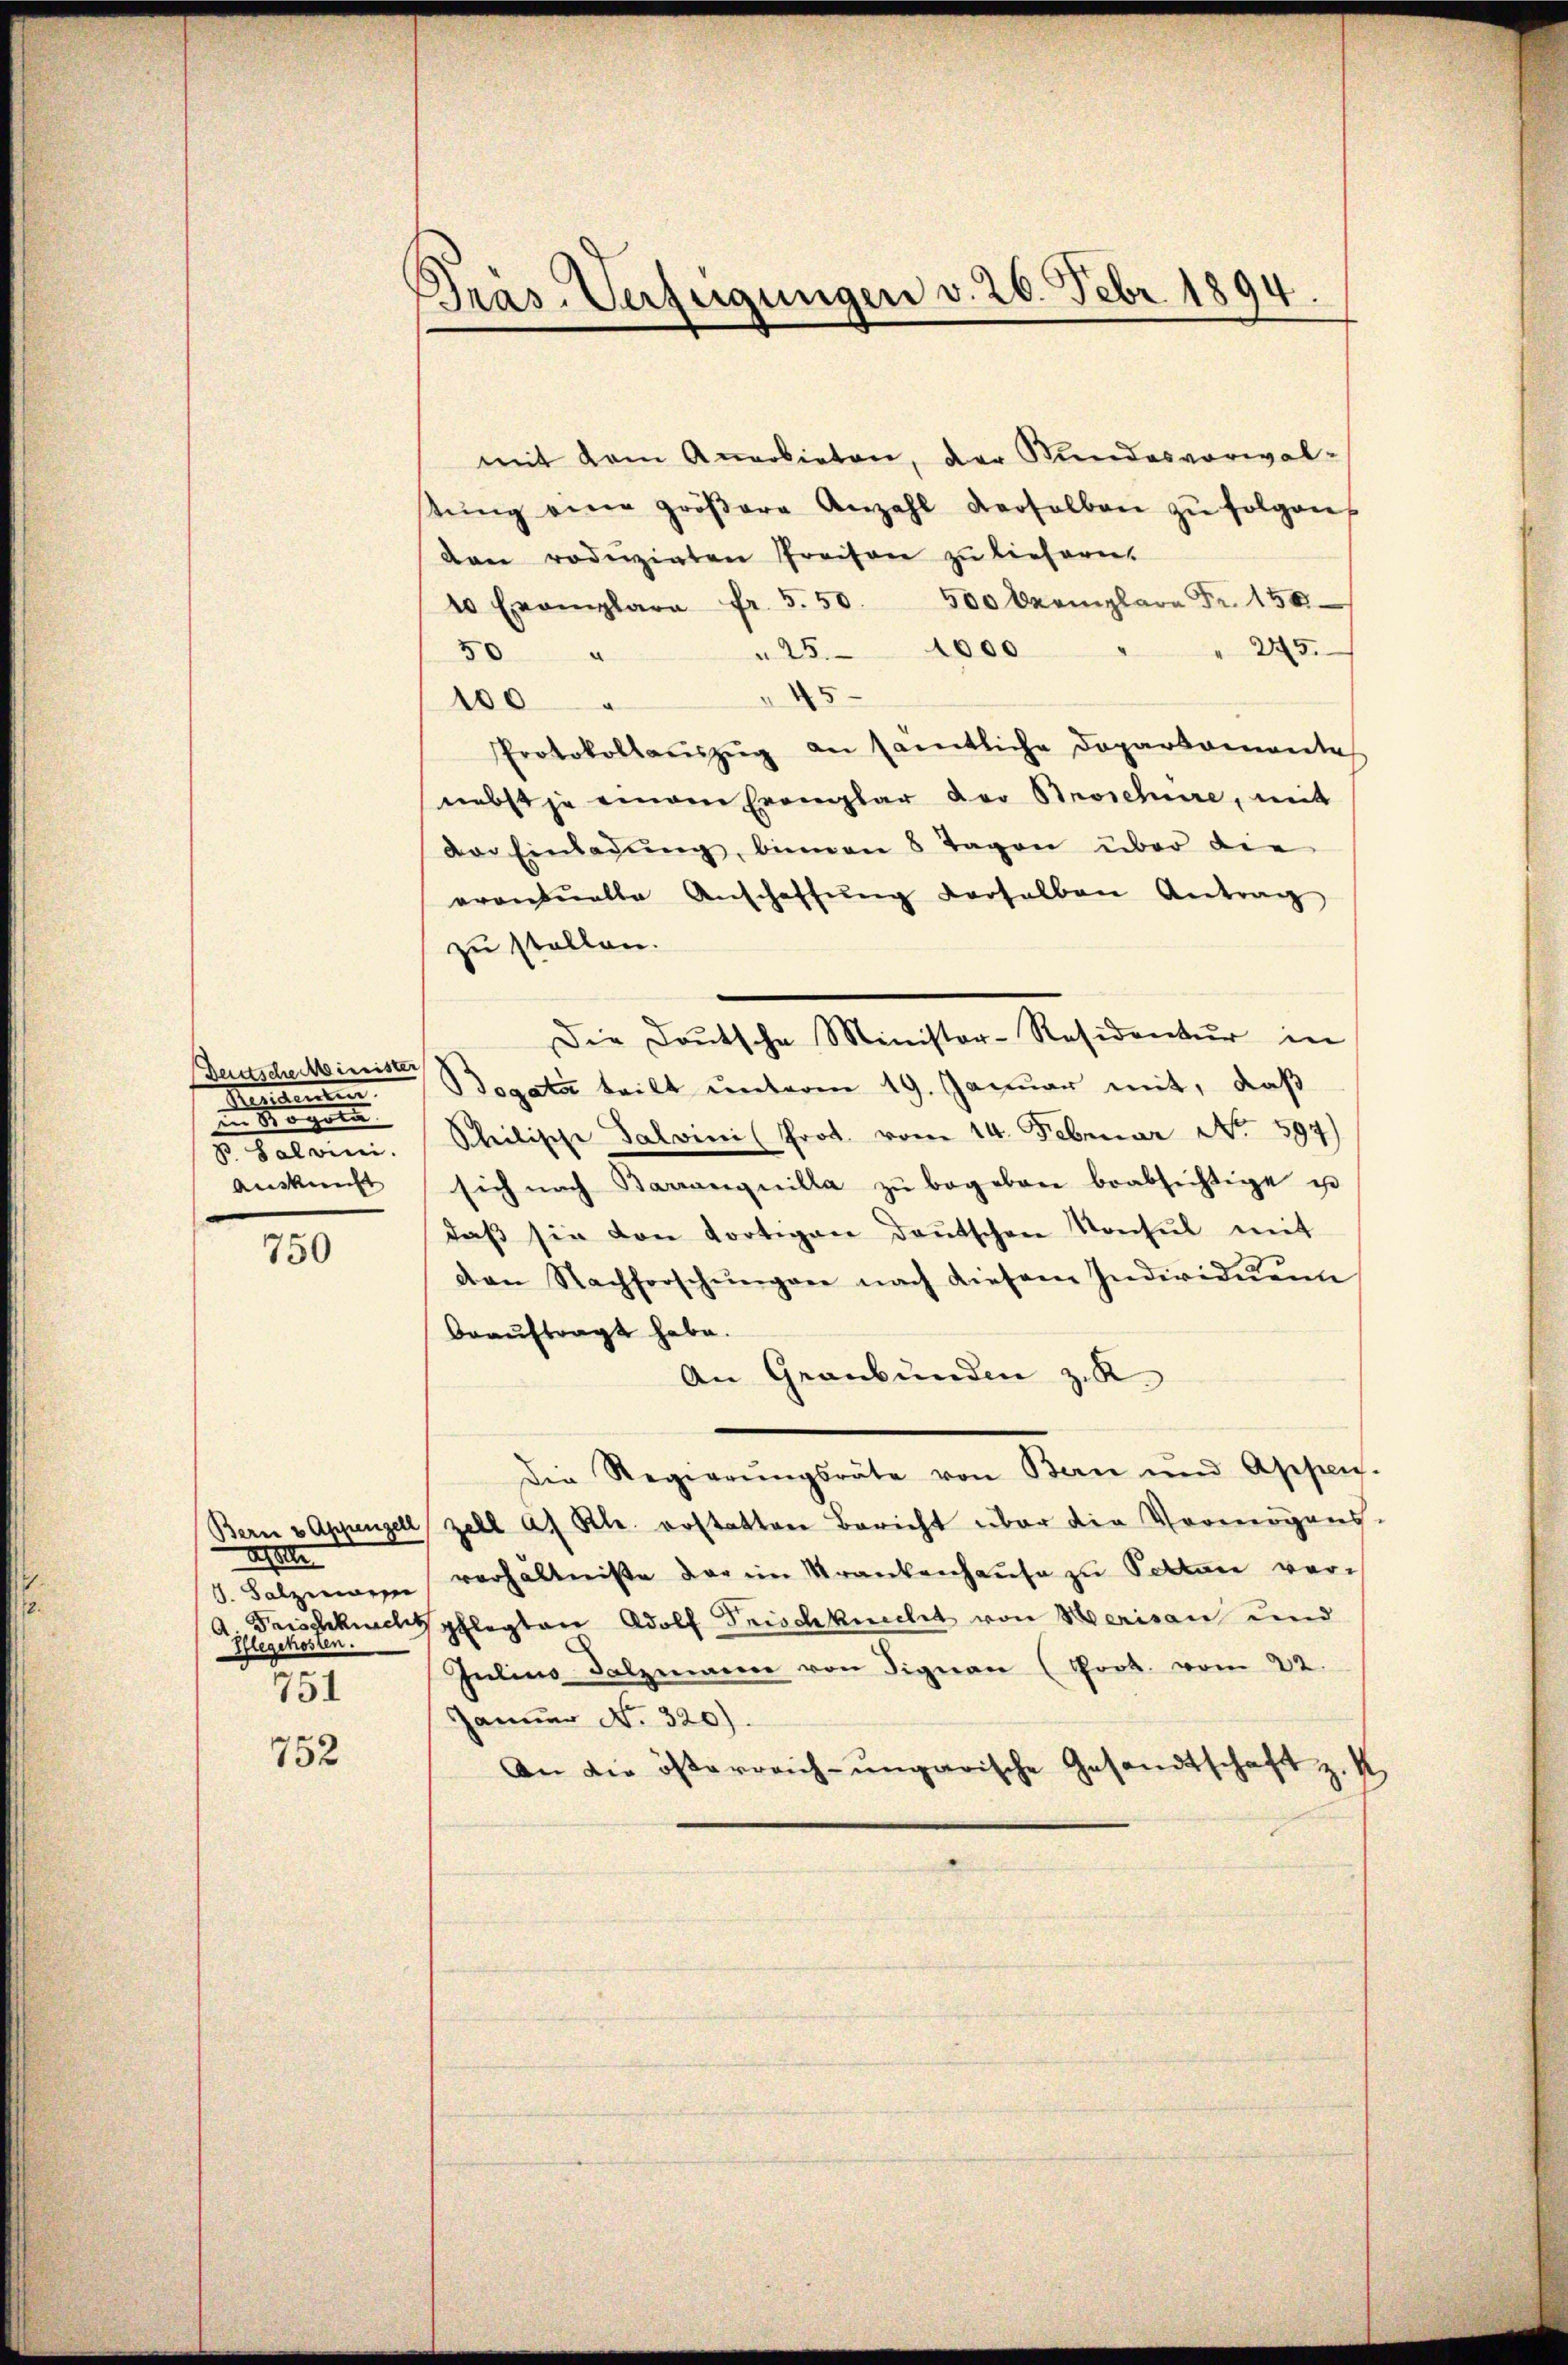
Deutsche Minister
.

G. Salvini.
Auskunft

750

Bern & Appenzell
Mahle
Frischknecht
Pflegekosten.
751

752

Bras. Verfügungen v. 20. Febr 1894.

mit dem Anerbieten, der Stundesverwal-
tŭng eine gröβere Anzahl derselben zu folgen
Dan roduzirten Preisen zu liefern.
10 Exemplare fr. 550. 500 Exemplare Fr. 150
225.
25. 1000
50 "
45
100
Protokollaŭszŭg an sämtliche Doparkomente
nebst je einem Eromlar der Broschüre, mit
der Einladŭng, binnen 8 Tagen über die
erontuelle Anschaffŭng derselben Antrag
zu stellen.
Die Doŭtsche Minister-Residentŭr in
Bogati teilt unterm 19. Januar mit, daß
Theilische Salvini (Prot. vom 14. Februar No. 597)
sich nach Barranquilla zŭ begeben beabsichtige zu
daβ sie von dortigen deutschen Konsul mit
den Nachforschŭngen nach diesem Individuen
beauftragt habe.
An Graubünden zu
Die Regierŭngsräte von Bern und Appen-
zell a. Rh. erstatten Bericht über die Vermögens-
S. Salzenen verhältniße der im Krankenhaŭse zŭ Pettan ver-
pflegten Adolf Frischknecht von Merisau und
Julino Salzmann von Signan (Poot. vom 22.
Januar No. 320).
An die österreich-ungarische Gesandtschaft z. K.